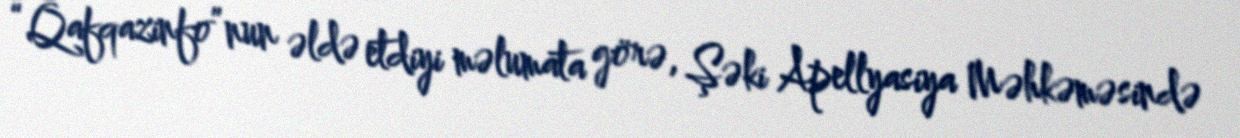
“Qafqazinfo”nun əldə etdiyi məlumata görə, Şəki Apellyasiya Məhkəməsində